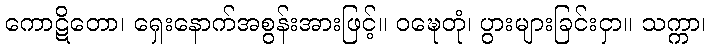
ကောဋိတော၊ ရှေးနောက်အစွန်းအားဖြင့်။ ဝဍ္ဎေတုံ၊ ပွားများခြင်းငှာ။ သက္ကာ၊